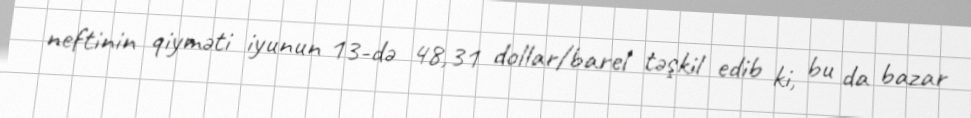
neftinin qiyməti iyunun 13-də 48,31 dollar/barel təşkil edib ki, bu da bazar